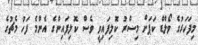
މިފަހަރުގެ ވޯލްޑް ކަޕަށް މިސްރު ކޮލިފައިވީ ވެސް ކޮލިފައިންގެ އެންމެ ފަހު މެޗުގެ